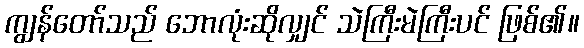
ကျွန်တော်သည် ဘောလုံးဆိုလျှင် သဲကြီးမဲကြီးပင် ဖြစ်၏။